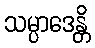
သမ္ပာဒေန္တိ